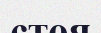
стоя